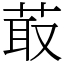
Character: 菆